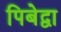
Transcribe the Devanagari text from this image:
पिबेद्वा